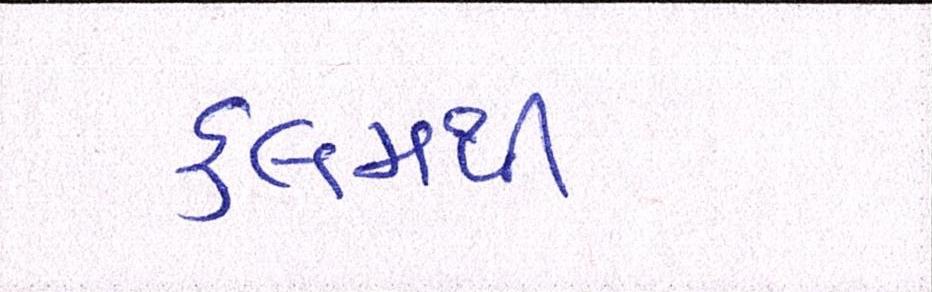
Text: કલમથી